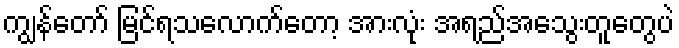
ကျွန်တော် မြင်ရသလောက်တော့ အားလုံး အရည်အသွေးတူတွေပဲ